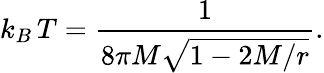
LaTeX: k_{B}\, T={\frac{1}{8\pi M\sqrt{1-2M/r}}}.